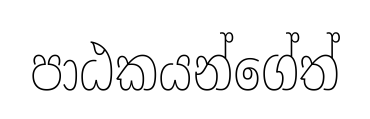
පාඨකයන්ගේත්